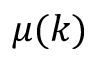
\mu ( k )